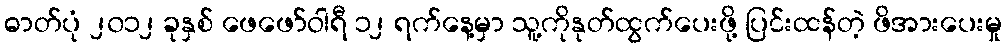
ဓာတ်ပုံ ၂၀၁၂ ခုနှစ် ဖေဖော်ဝါရီ ၁၂ ရက်နေ့မှာ သူ့ကိုနုတ်ထွက်ပေးဖို့ ပြင်းထန်တဲ့ ဖိအားပေးမှု